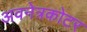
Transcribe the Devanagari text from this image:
अवनेत्रकोटर